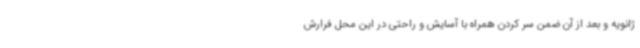
ژانویه و بعد از آن ضمن سر کردن همراه با آسایش و راحتی در این محل فرارش